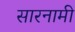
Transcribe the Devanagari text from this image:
सारनामी